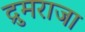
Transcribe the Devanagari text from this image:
द्रुमराजा